Annual administration report of the Civil Veterinary Department of India - 1894-1895
Year: 1894
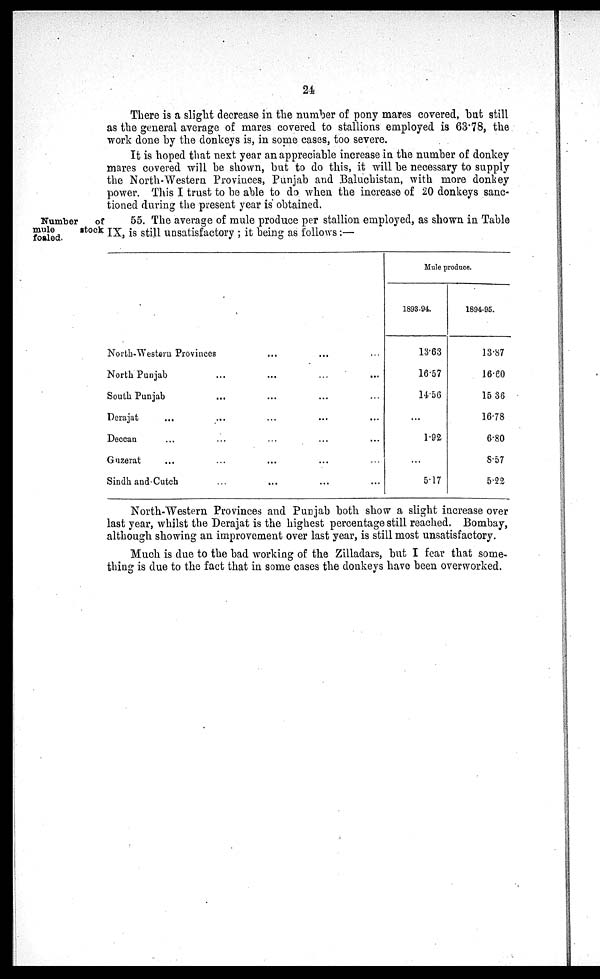
24
There is a slight decrease in the number of pony mares covered, but still
as the general average of mares covered to stallions employed is 63.78, the
work done by the donkeys is, in some cases, too severe.
It is hoped that next year an appreciable increase in the number of donkey
mares covered will be shown, but to do this, it will be necessary to supply
the North-Western Provinces, Punjab and Baluchistan, with more donkey
power. This I trust to be able to do when the increase of 20 donkeys sanc-
tioned during the present year is obtained.
Number
of
mule
stock
foaled.
55. The average of mule produce per stallion employed, as shown in Table
IX, is still unsatisfactory ; it being as follows :—
North-Western Provinces
... ... ...
North Punjab
...
...
...
...
South Punjab
...
... ... ...
Derajat
...
...
...
...
...
Deccan
...
...
...
...
...
Guzerat
...
...
... ... ...
Sindh and Cutch
...
...
...
...
Mule produce.
1893-94.
13.63
16.57
14.56
...
1.92
...
5.17
1894-95.
13.87
16.60
15 36
16.78
6.80
8.57
5.22
North-Western Provinces and Punjab both show a slight increase over
last year, whilst the Derajat is the highest percentage still reached. Bombay,
although showing an improvement over last year, is still most unsatisfactory.
Much is due to the bad working of the Zilladars, but I fear that some-
thing is due to the fact that in some cases the donkeys have been overworked.